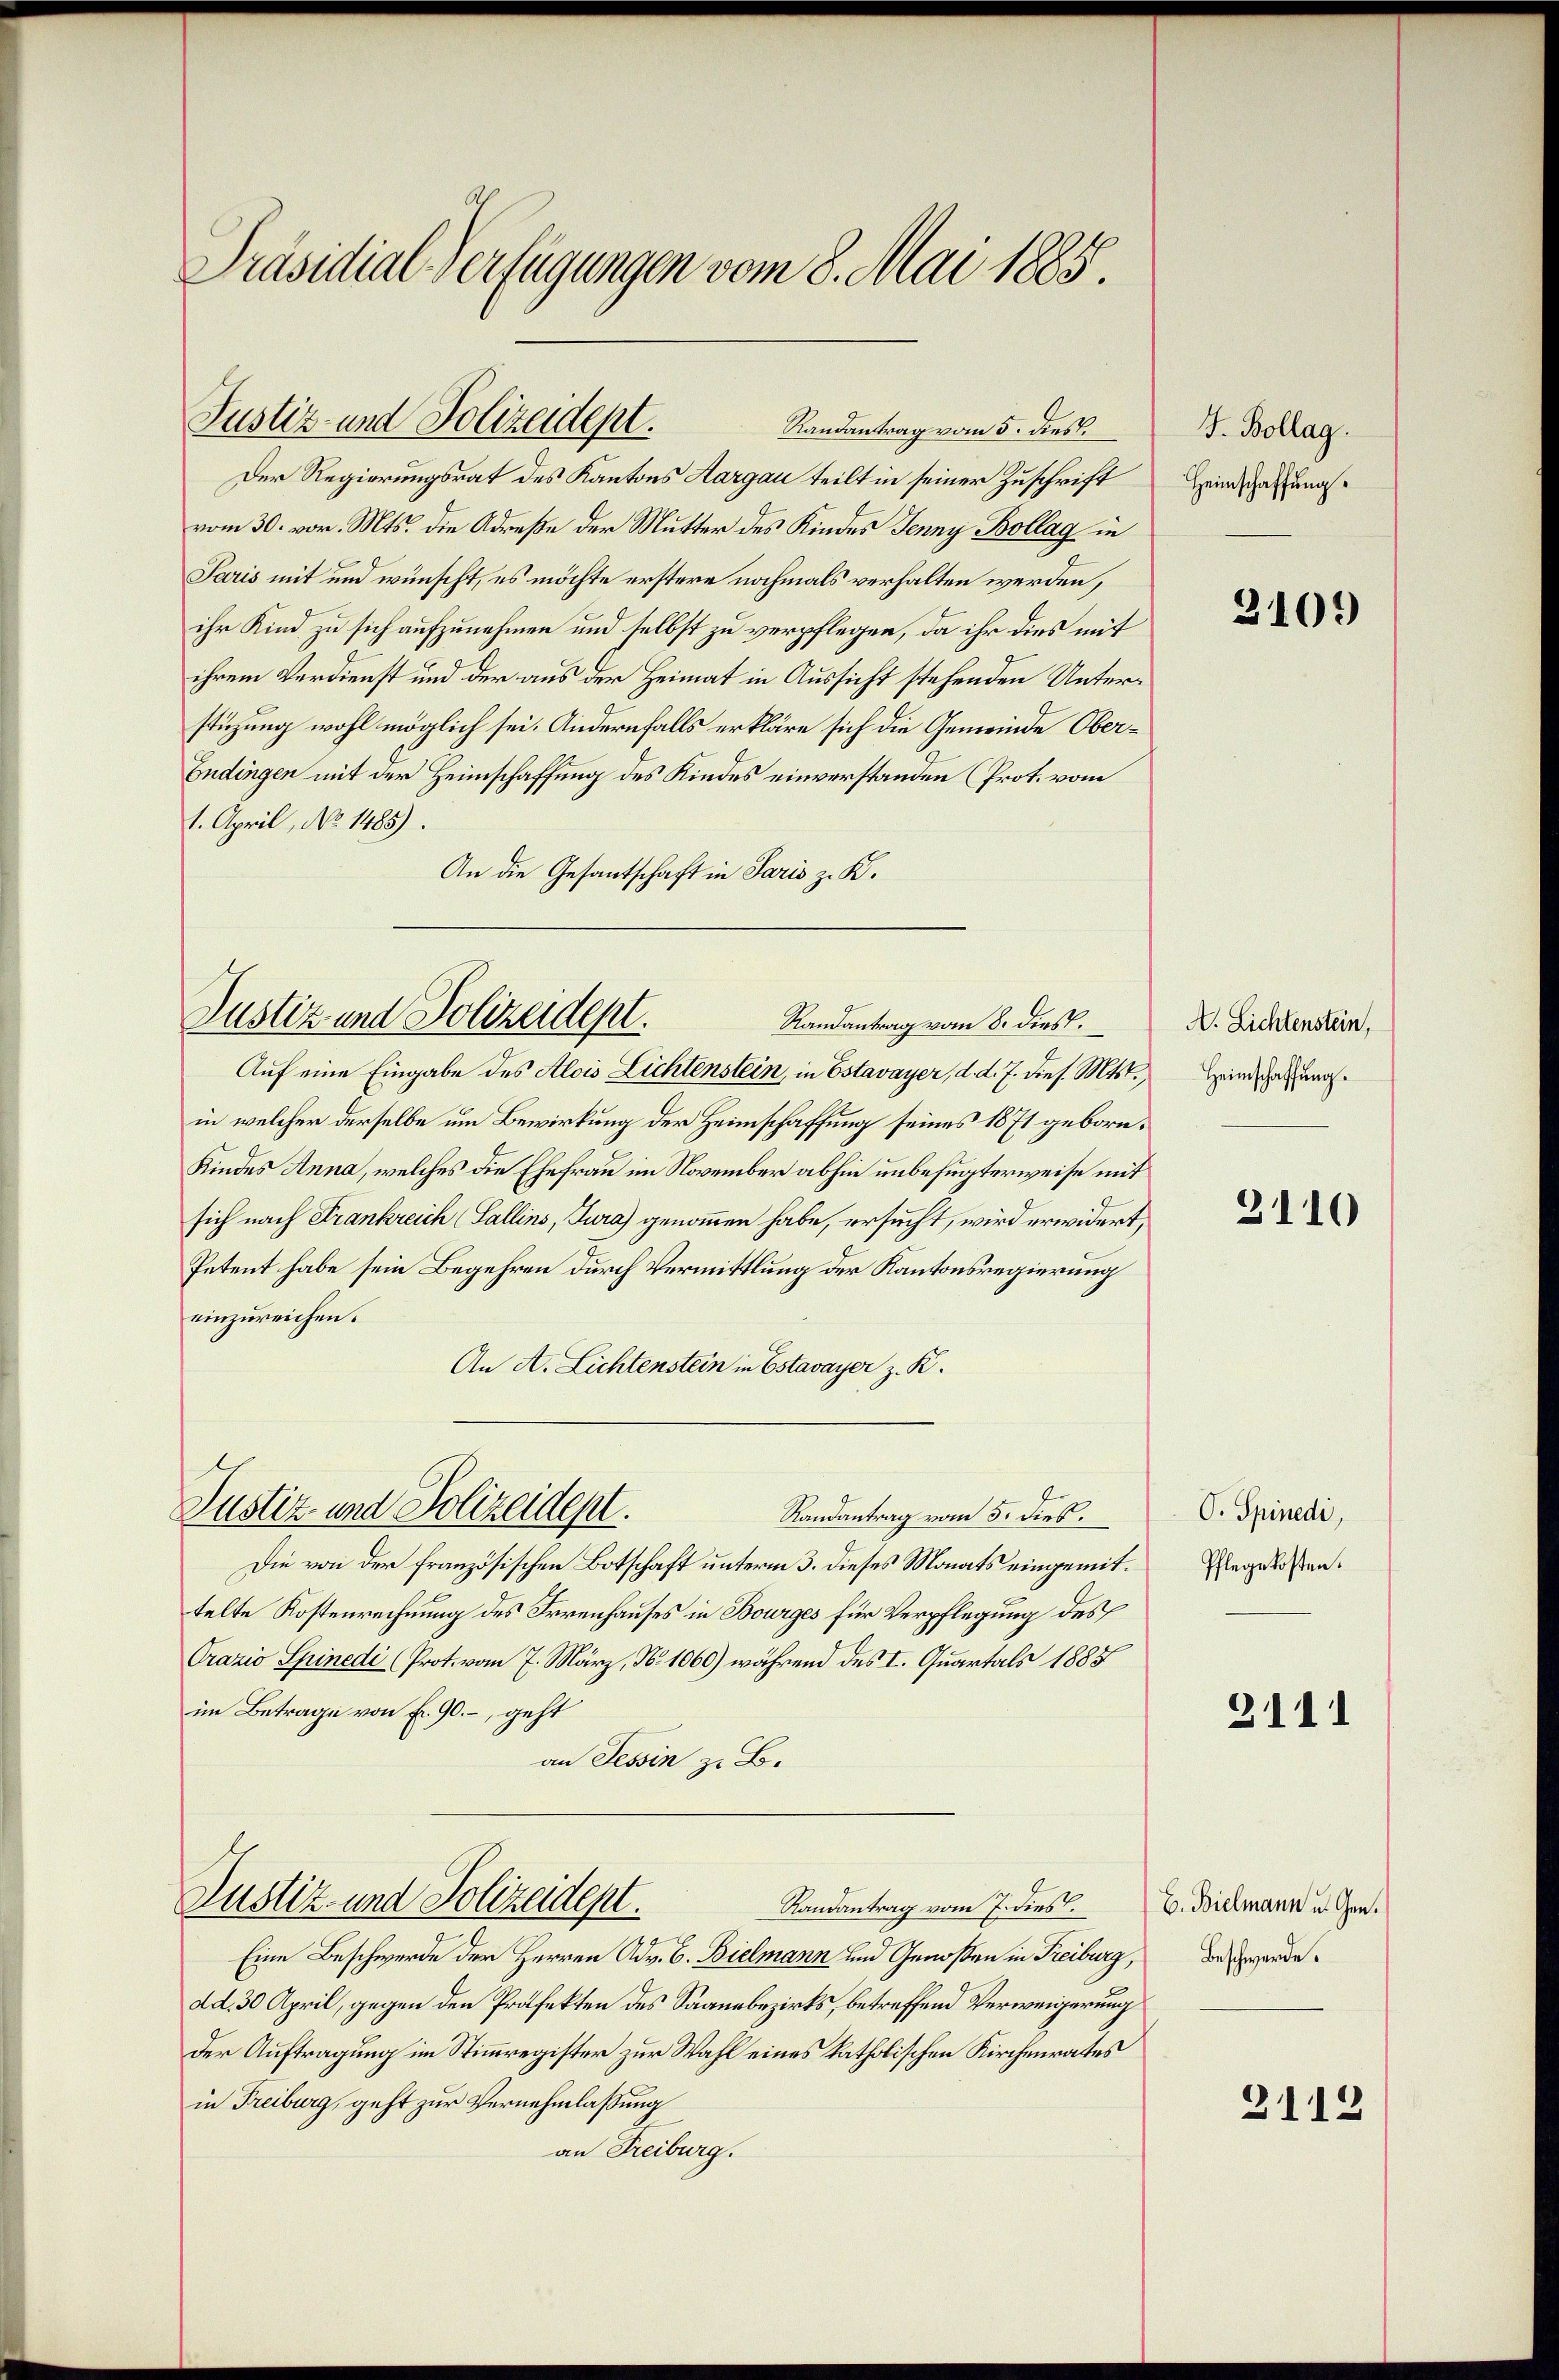
Präsidial-Verfügungen vom 8. Mai 1888.

Randantrag vom 5. dies
Der Regierungsrat des Kantons Aargau teilt in seiner Zuschrift
vom 30. vor. Mts. die Adreße der Mutter des Kindes Jenny Bollag in
Paris mit und wünscht, es möchte erstere nochmals verhalten werden,
ihr Kind zu sich aufzunehmen und selbst zu verpflegen, da ihr dies mit
ihrem Verdienst und der aus der Heimat in Aussicht stehenden Unterstüzung wohl möglich sei. Andernfalls erkläre sich die Gemeinde Ober¬
Endingen mit der Heimschaffung des Kindes einverstanden (Prot. vom
1. April, No. 1485).
An die Gesantschaft in Paris z. K.

Justiz- und Polizeidept.

Justiz und Polizeidept.
Randantrag vom 8. dies.

Auf eine Eingabe des Alois Lichtenstein, in Estavayer, d. d. J. dies. Mts.,
in welcher derselbe um Bewirkung der Heimschaffung seines 1871 geborn.
Kindes Anna, welches die Ehefrau im November abhin unbefugterweise mit
sich nach Frankreich (Sallins, Jura) genommen habe, ersucht, wird erwidert,
Petent habe sein Begehren durch Vermittlung der Kantonsregierung
einzureichen.
An A. Lichtenstein in Estavayer z. K.
Die von der französischen Botschaft unterm 3. dieses Monats eingemittelte Kostenrechnung des Irrenhauses in Bourges für Verpflegung des
Crazio Spinedi (Prot. vom 7. März, N. 1060) während des I. Quartals 1885
im Betrage von f. 90.-, geht
an Tessin z. B.
Justiz- und Polizeident.
Randantrag vom 7. dies
Eine Beschwerde der Herren Adv. B. Bielmann und Genoßen in Freiburg,
dd. 30 April, gegen den Präfekten des Saanebezirks, betreffend Verweigerung
Der Auftragung im Stimmregister zur Wahl eines katholischen Kirchenrates
in Freiburg, geht zur Vernehmlassung
an Freiburg.

Justiz- und Polizeidept.
Randantrag vom 5. dies.

J. Bollag.
Heimschaffung.

2109

A. Lichtenstein,
Heimschaffung.

3110

O. Spinedi,
Pflegekosten.

3111

E. Bielmann u. Gen.
Beschwerde.

2112